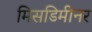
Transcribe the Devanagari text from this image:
मिसडिमीनर